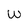
Character: W